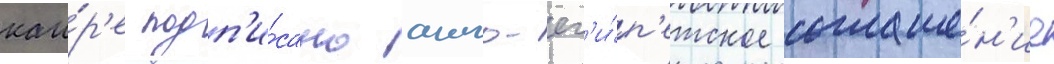
каи́р'е подп'и́сано англо-ег'и́п'етское соглаше́н'ие